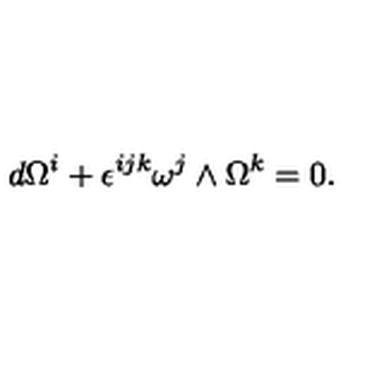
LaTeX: d \Omega ^ { i } + \epsilon ^ { i j k } \omega ^ { j } \wedge \Omega ^ { k } = 0 .